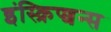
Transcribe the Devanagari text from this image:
इंस्क्रिप्शन्स